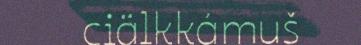
ciälkkámuš